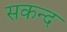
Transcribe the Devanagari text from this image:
सकन्द